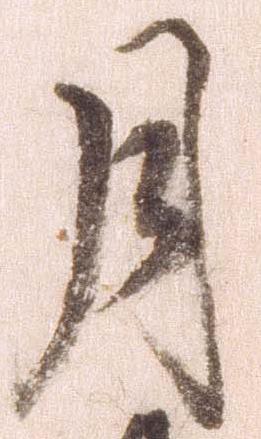
月